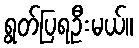
ရွတ်ပြရဦးမယ်။